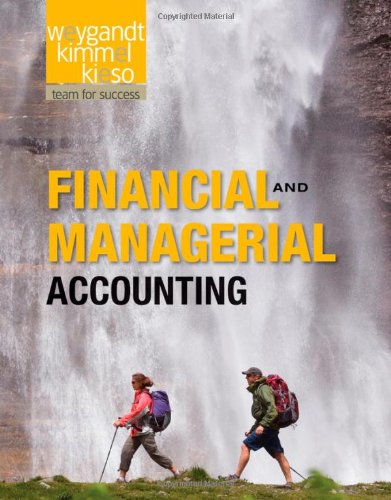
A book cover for Financial and Managerial Accounting; Jerry J. Weygandt; Business & Money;